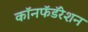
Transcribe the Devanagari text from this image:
कॉनफॅडॅरेशन